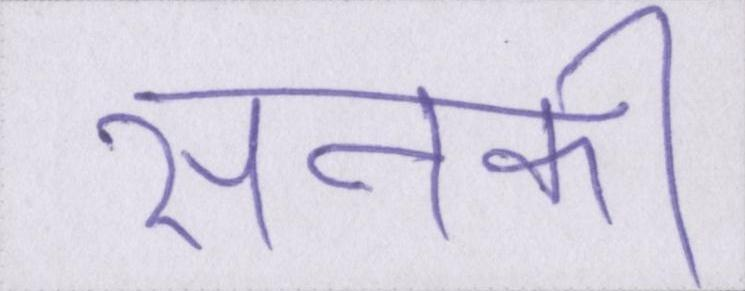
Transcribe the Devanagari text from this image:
सनकी